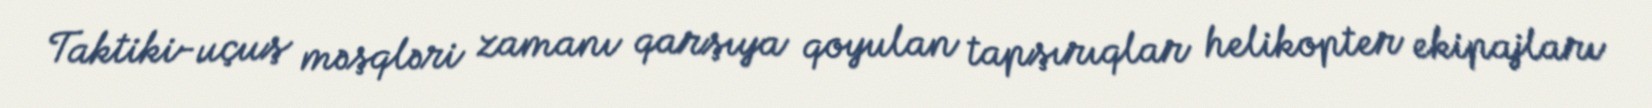
Taktiki-uçuş məşqləri zamanı qarşıya qoyulan tapşırıqlar helikopter ekipajları